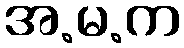
အ.မ.က